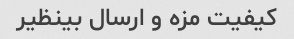
کیفیت مزه و ارسال بینظیر